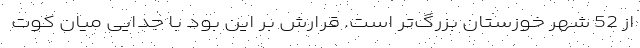
از 52 شهر خوزستان بزرگ‌تر است. قرارش بر این بود با جدایی میان کوت